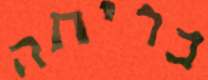
בריתה